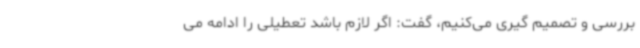
بررسی و تصمیم گیری می‌کنیم، گفت: اگر لازم باشد تعطیلی را ادامه می